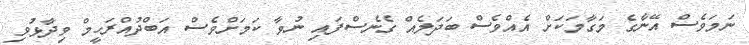
ނަމަވެސް އޭނާގެ މަގާމަކަށް އެއްވެސް ބަދަލެއް ގެނެސްފައި ނުވާ ކަމަށްވެސް އަބްދުއްރަހީމް ވިދާޅުވި